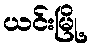
ယင်းမြို့